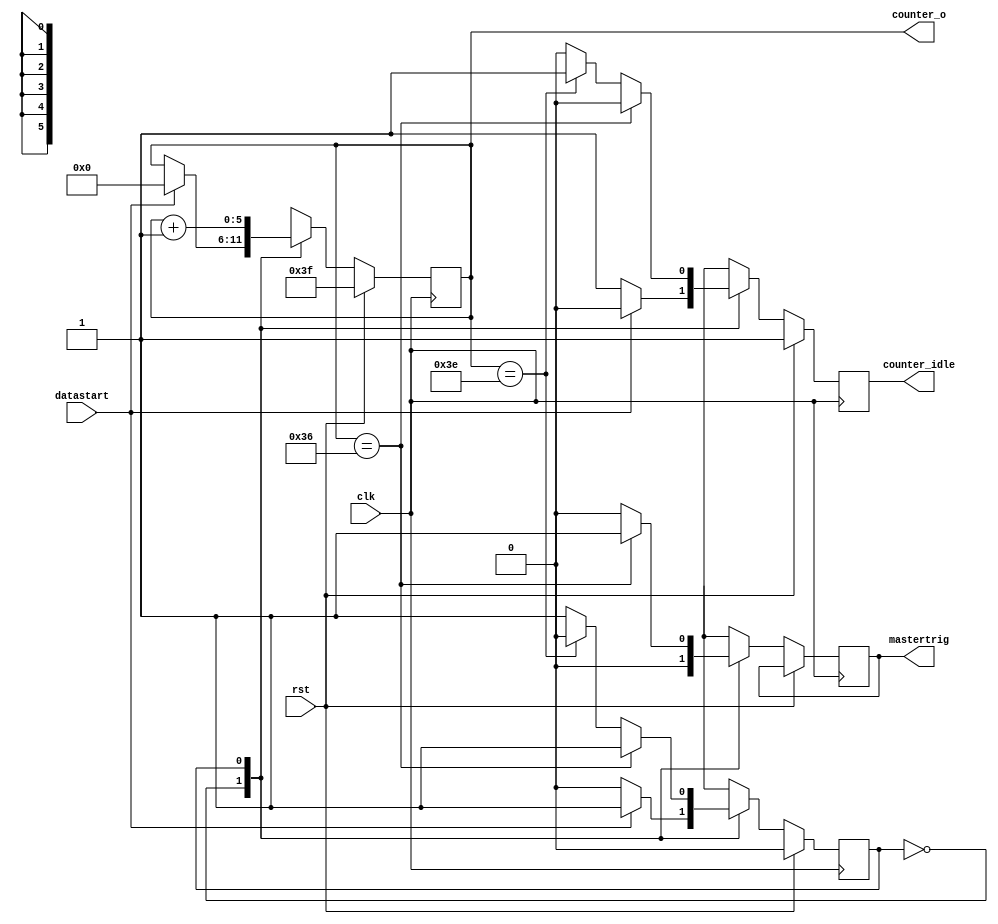
module input_counter(
  clk,
  rst,
  datastart,
  counter_o,
  counter_idle,
  mastertrig
  );
  
  input        clk;
  input        rst;
  input        datastart;
  output [5:0] counter_o;
  output       counter_idle;
  output       mastertrig;
  
  wire         clk;
  wire         rst;
  wire         datastart;
  wire   [5:0] counter_o;
  reg          counter_idle;
  reg          mastertrig;
  
  localparam idle     = 1'b0; 
  localparam counting = 1'b1; 
  
  reg       currentstate;
  reg [5:0] counter;
  
  assign counter_o = counter;
  
  always@(posedge clk)
    begin
     if(rst==1'b1)
        begin
         currentstate <= idle;
         counter      <= 6'b111111;
         counter_idle <= 1'b1;
        end
      else 
        begin
          case (currentstate)
            idle:
              begin
                if(datastart==1'b1)
                  begin
                    currentstate <= counting;
                    counter      <= 6'b0;
                    mastertrig   <= 1'b0;
                    counter_idle <= 1'b0;
                  end
                else 
                  begin
                    currentstate <= currentstate;
                    counter      <= counter;
                    mastertrig   <= 1'b0;
                    counter_idle <= 1'b1;
                  end
              end
           counting:
             begin
               if(counter == 6'b110110)
                 begin
                   currentstate <= counting;
                   counter      <= counter + 1'b1;
                   mastertrig   <= 1;
                   counter_idle <= 1'b0;
                 end
               else if(counter == 6'b111110)
                 begin
                   currentstate <= idle;
                   counter      <= counter + 1'b1;
                   mastertrig   <= 0;
                   counter_idle <= 1'b1;
                 end
               else 
                 begin
                   currentstate <= counting;
                   counter      <= counter + 1'b1;
                   mastertrig   <= 0;
                   counter_idle <= 1'b0;
                 end
             end
          endcase
  	end
  end
endmodule